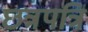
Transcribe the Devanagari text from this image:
छत्रपत्रि